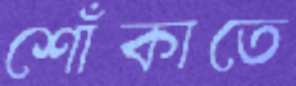
শোঁকাতে